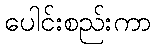
ပေါင်းစည်းကာ